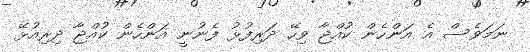
ނަމަވެސް އެ އަންހެން ކުއްޖާ ވިހޭ ދަރިފުޅު ފެނުނީ އަންހެން ކުއްޖާ ދިރިއުޅޭ